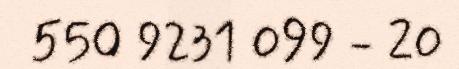
550 9231 099 - 20